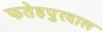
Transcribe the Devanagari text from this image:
फतेहपुरदाल